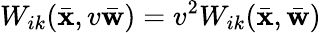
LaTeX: W_{ik}(\bar{\mathbf x},v\bar{\mathbf w})=v^{2}W_{ik}(\bar{\mathbf x},\bar{\mathbf w})